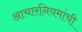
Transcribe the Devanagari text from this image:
आचारनियमांची